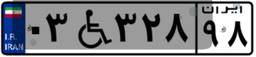
۴۱W۷۳۳۴۹